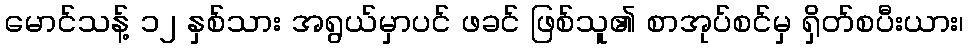
မောင်သန့် ၁၂ နှစ်သား အရွယ်မှာပင် ဖခင် ဖြစ်သူ၏ စာအုပ်စင်မှ ရှိတ်စပီးယား၊